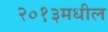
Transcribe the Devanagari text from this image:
२०१३मधील